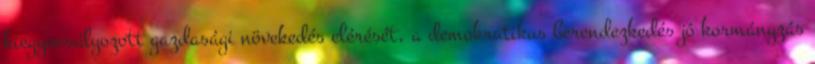
kiegyensúlyozott gazdasági növekedés elérését, a demokratikus berendezkedés jó kormányzás